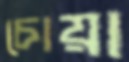
চোয়া